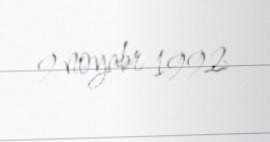
9 noyabr 1992